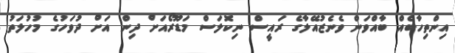
އިންތިހާބެއް ބާއްވަން ވެނެޒުއޭލާގެ ރައީސް ނިކޮލަސް މަޑޫރޯއަށް ދިން އަށް ދުވަހުގެ މުހުލަތު